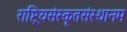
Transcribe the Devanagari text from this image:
राष्ट्रियसंस्कृतसंस्थानम